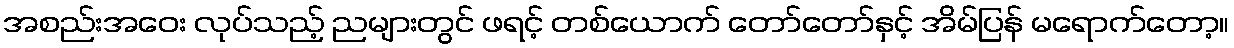
အစည်းအဝေး လုပ်သည့် ညများတွင် ဖရင့် တစ်ယောက် တော်တော်နှင့် အိမ်ပြန် မရောက်တော့။